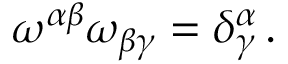
\begin{array} { r } { \omega ^ { \alpha \beta } \omega _ { \beta \gamma } = \delta _ { \gamma } ^ { \alpha } \, . } \end{array}